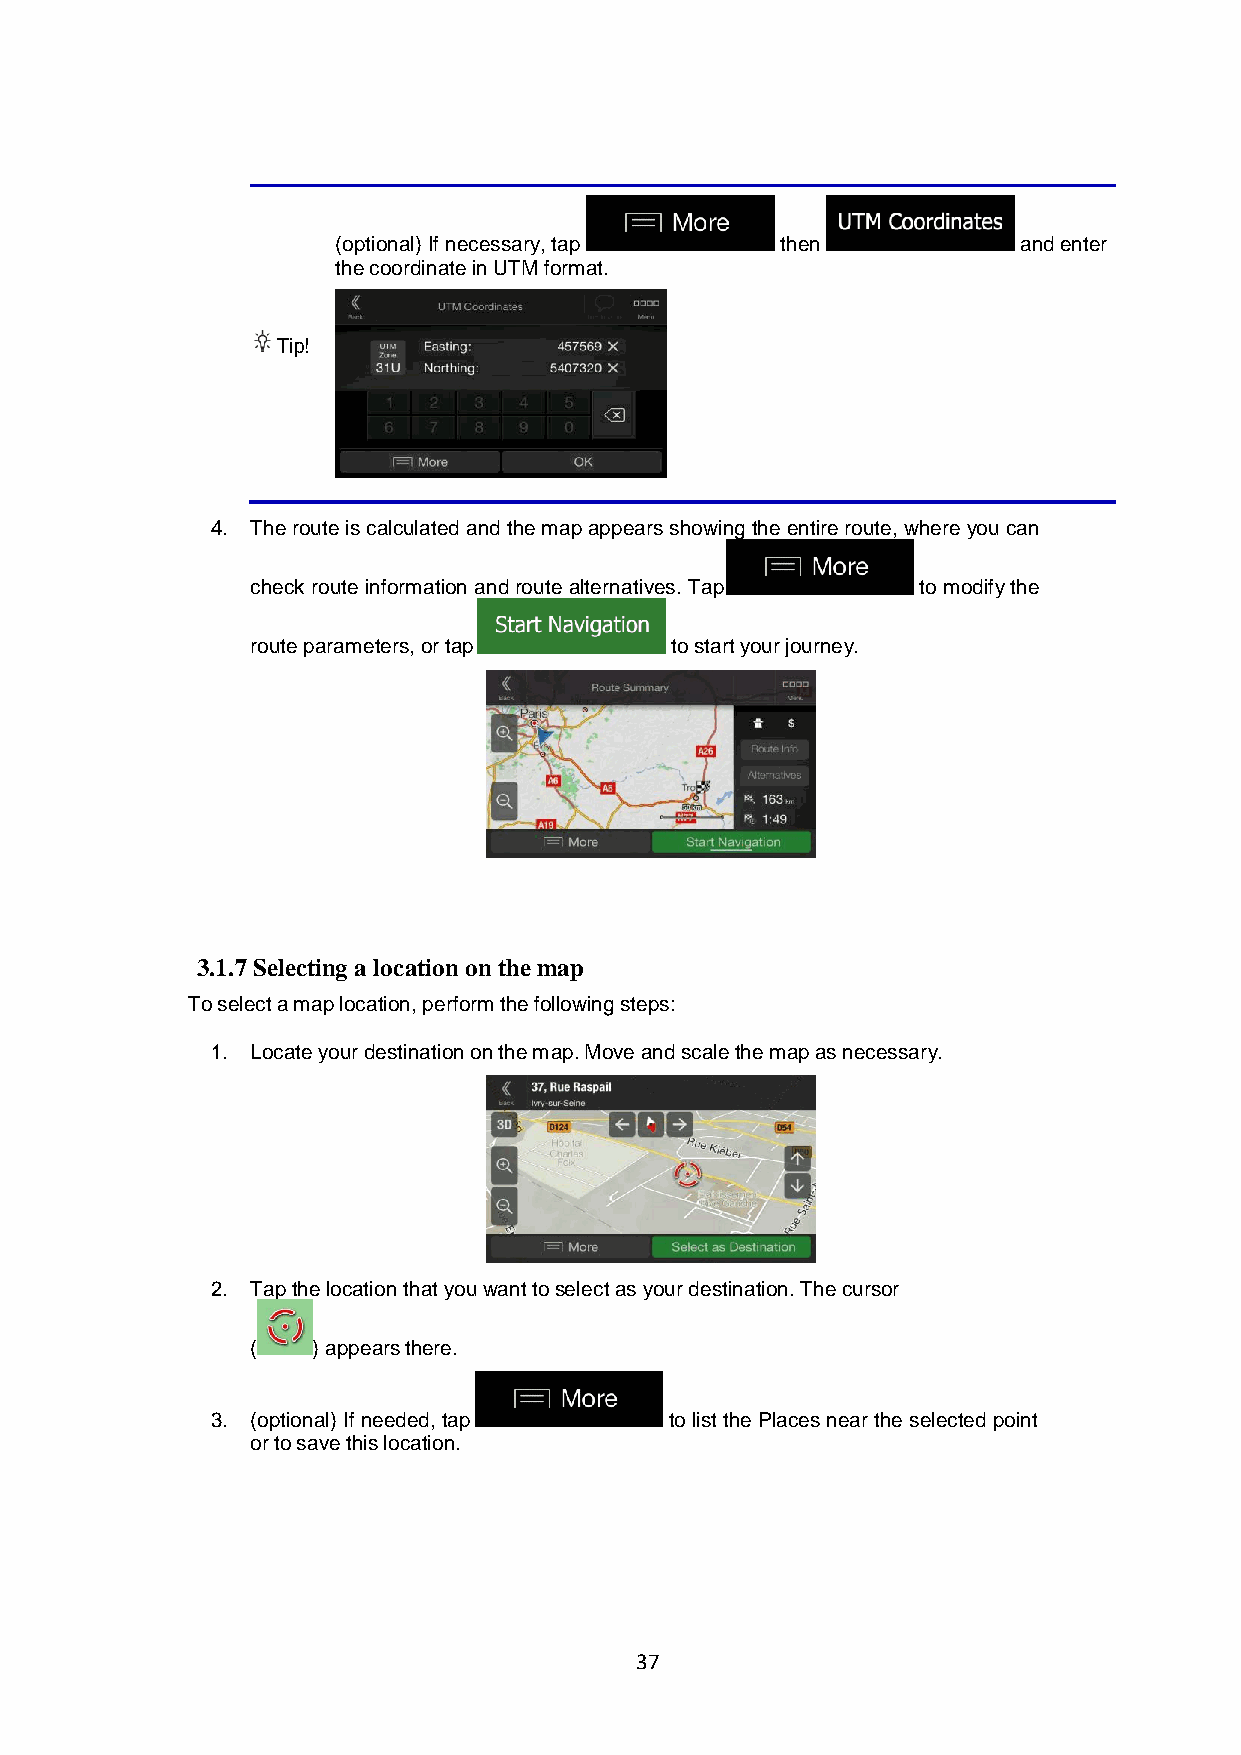
(optional) If necessary, tap  then            and enter
 the coordinate in UTM format.
 Tip!
 4. The route is calculated and the map appears showing the entire route, where you can
 check route information and route alternatives. Tap to modify the
 route parameters, or tap   to start your journey.
 3.1.7 Selecting a location on the map
 To select a map location, perform the following steps:
 1. Locate your destination on the map. Move and scale the map as necessary.
 2. Tap the location that you want to select as your destination. The cursor
 (   ) appears there.
 3. (optional) If needed, tap  to list the Places near the selected point
 or to save this location.
 37